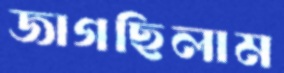
জাগছিলাম